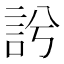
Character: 䚷